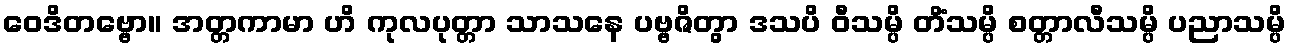
ဝေဒိတဗ္ဗော။ အတ္တကာမာ ဟိ ကုလပုတ္တာ သာသနေ ပဗ္ဗဇိတွာ ဒသပိ ဝီသမ္ပိ တိံသမ္ပိ စတ္တာလီသမ္ပိ ပညာသမ္ပိ